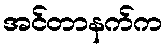
အင်တာနက်က